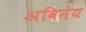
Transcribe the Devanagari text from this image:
अविनेय